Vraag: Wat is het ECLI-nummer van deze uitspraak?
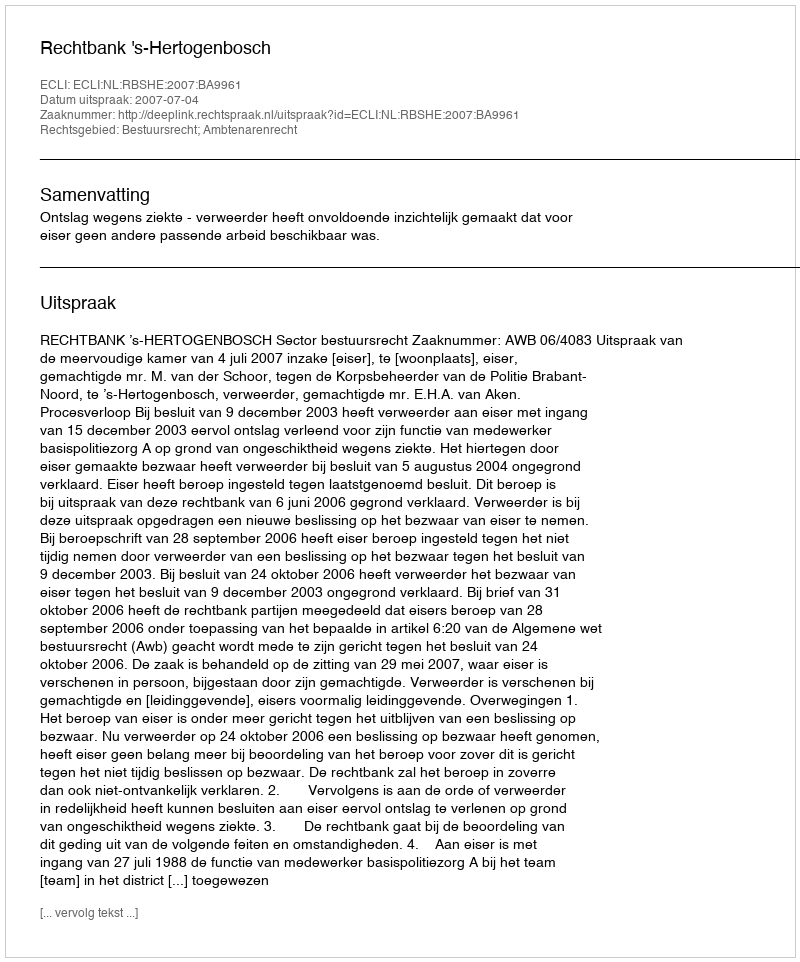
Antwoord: ECLI:NL:RBSHE:2007:BA9961